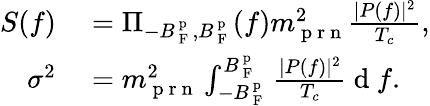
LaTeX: \begin{array}{rl}{S(f)}&{{}=\Pi_{-B_{\mathrm{~F~}}^{\mathrm{~p~}},B_{\mathrm{~F~}}^{\mathrm{~p~}}}(f)m_{\mathrm{~p~r~n~}}^{2}\frac{|P(f)|^{2}}{T_{c}},}\\ {\sigma^{2}}&{{}=m_{\mathrm{~p~r~n~}}^{2}\int_{-B_{\mathrm{~F~}}^{\mathrm{~p~}}}^{B_{\mathrm{~F~}}^{\mathrm{~p~}}}\frac{|P(f)|^{2}}{T_{c}}\mathrm{~d~}f.}\end{array}